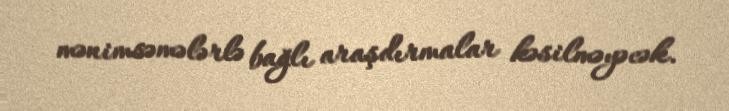
mənimsəmələrlə bağlı araşdırmalar kəsilməyəcək.